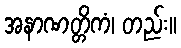
အနာဏတ္တိကံ၊ တည်း။